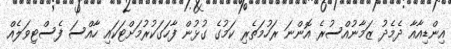
އިންޑިއާއާ ދެމެދު ޒަމާނުއްސުރެ އޮންނަ ރަހުމަތެރި ކަމުގެ ގުޅުން ފާހަގަކުރުމަށްޓަކައި ހާއްސަ ފެސްޓިވަލެއް